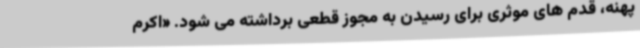
پهنه، قدم های موثری برای رسیدن به مجوز قطعی برداشته می شود. «اکرم